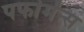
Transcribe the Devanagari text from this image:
पर्फामेंन्स